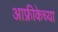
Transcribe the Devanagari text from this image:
आफ्रीकेच्या